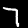
Label: 7